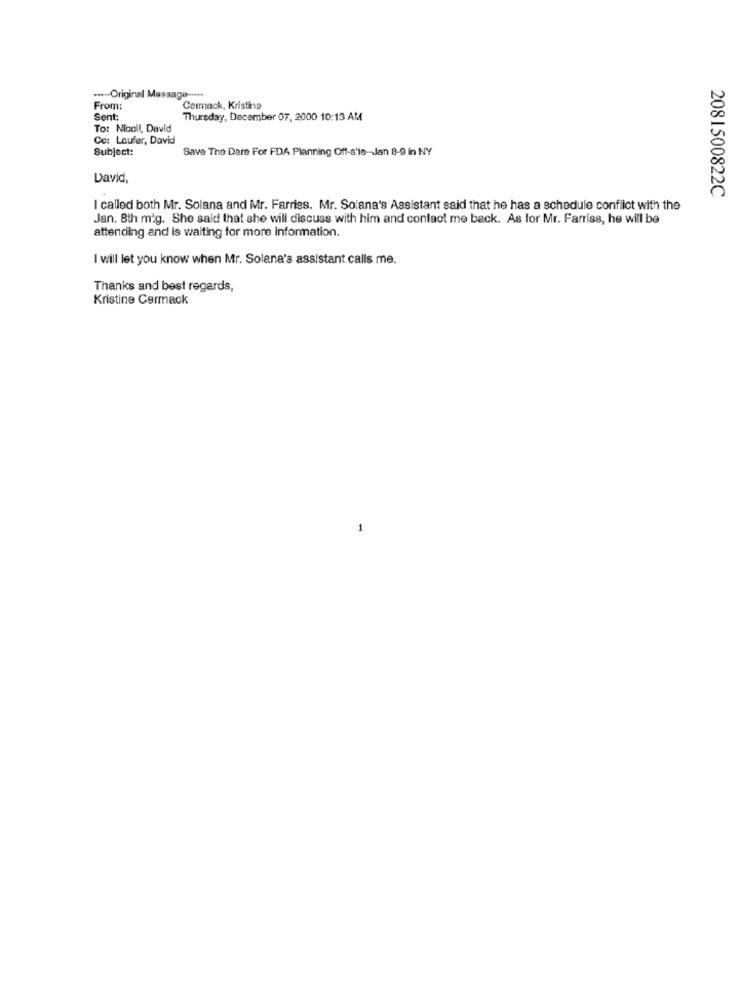
....- Original Message -....
From:
Cermack, Kristine
Sent:
Thursday, December 07, 2000 10:13 AM
To: Nicoli, David
Co: Laufer, David
Subject:
Save The Dare For FDA Planning Off-alle-Jan 8-9 in NY
David,
2081500822C
I called both Mr. Solana and Mr. Farriss. Mr. Solana's Assistant said that he has a schedule conflict with the
Jan. 8th mig. She said that she will discuss with him and contact me back. As for Mr. Farriss, he will be
attending and is waiting for more information.
I will let you know when Mr. Solana's assistant calls me.
Thanks and best regards,
Kristine Cermack